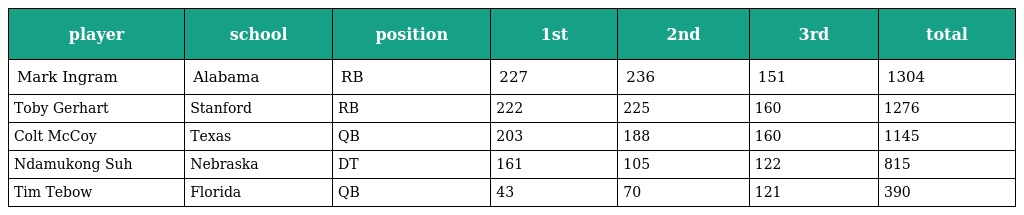
| player | school | position | 1st | 2nd | 3rd | total |
 | --- | --- | --- | --- | --- | --- | --- |
 | Mark Ingram | Alabama | RB | 227 | 236 | 151 | 1304 |
 | Toby Gerhart | Stanford | RB | 222 | 225 | 160 | 1276 |
 | Colt McCoy | Texas | QB | 203 | 188 | 160 | 1145 |
 | Ndamukong Suh | Nebraska | DT | 161 | 105 | 122 | 815 |
 | Tim Tebow | Florida | QB | 43 | 70 | 121 | 390 |